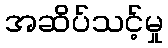
အဆိပ်သင့်မှု